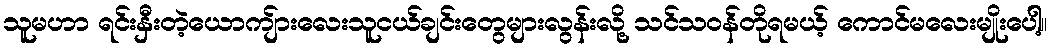
သူမဟာ ရင်းနှီးတဲ့ယောကျ်ားလေးသူငယ်ချင်းတွေများလွန်းလို့ သင်သဝန်တိုရမယ့် ကောင်မလေးမျိုးပေါ့။